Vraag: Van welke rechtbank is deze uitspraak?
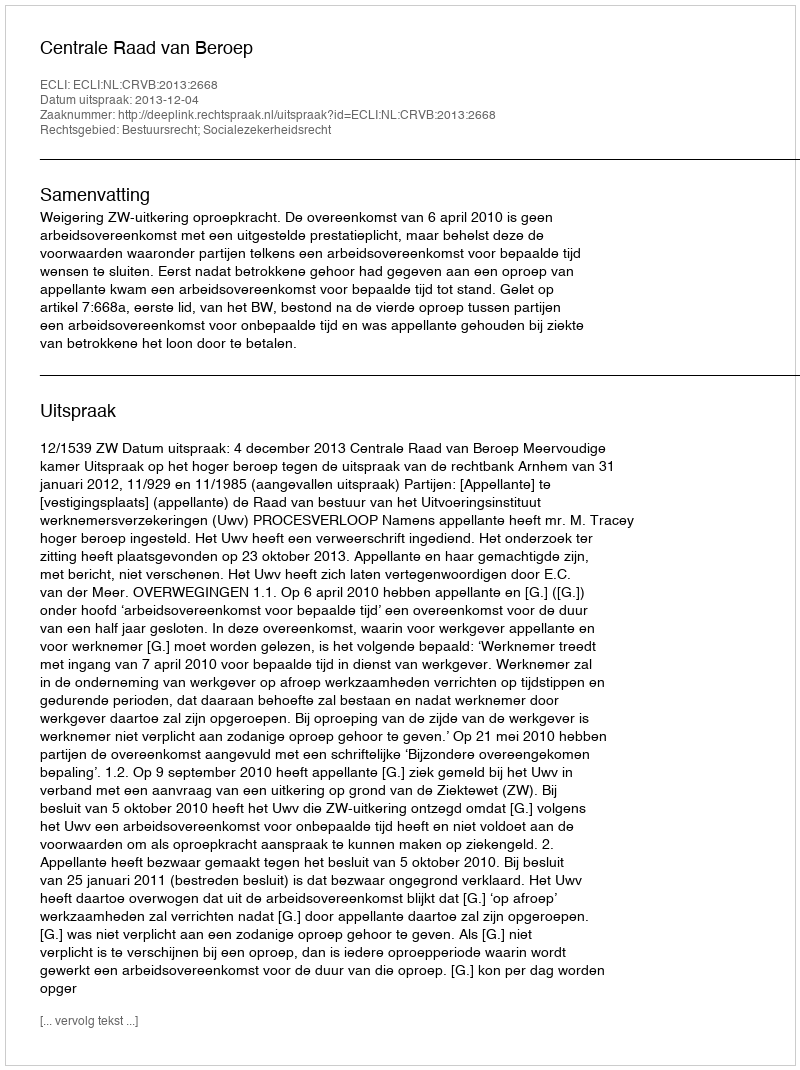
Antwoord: Centrale Raad van Beroep